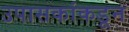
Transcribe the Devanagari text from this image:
उपासकांकडून